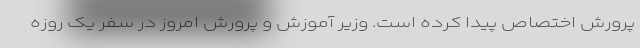
پرورش اختصاص پیدا کرده است. وزیر آموزش و پرورش امروز در سفر یک روزه